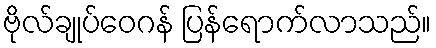
ဗိုလ်ချုပ်ဝေဂန် ပြန်ရောက်လာသည်။